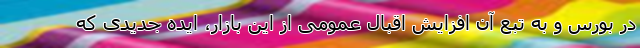
در بورس و به تبع آن افزایش اقبال عمومی از این بازار، ایده جدیدی که